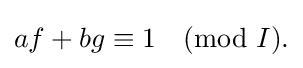
{\textstyle af+bg\equiv 1{\pmod {I}}.}